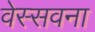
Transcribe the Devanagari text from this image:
वेस्सवना